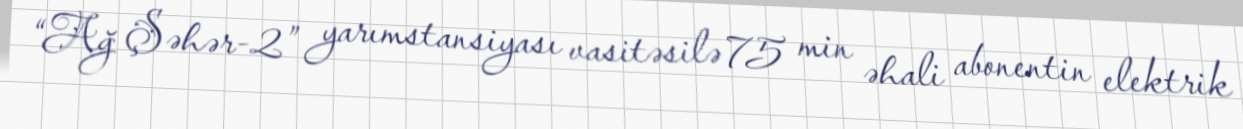
“Ağ Şəhər-2” yarımstansiyası vasitəsilə 75 min əhali abonentin elektrik